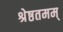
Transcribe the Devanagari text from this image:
श्रेष्ठतमम्